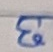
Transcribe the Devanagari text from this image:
छ